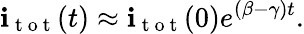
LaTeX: \mathbf{i}_{\mathrm{{~t~o~t~}}}(t)\approx\mathbf{i}_{\mathrm{{~t~o~t~}}}(0)e^{(\beta-\gamma)t}.